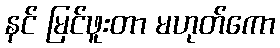
နင် မြင်ဖူးတာ မဟုတ်ကော